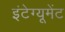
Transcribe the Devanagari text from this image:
इंटेग्यूमेंट